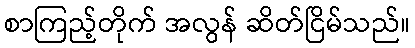
စာကြည့်တိုက် အလွန် ဆိတ်ငြိမ်သည်။